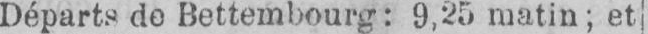
Départs de Bettembourg: 9,25 matin; et,